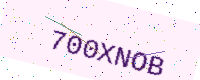
Text: 700XNOB